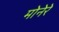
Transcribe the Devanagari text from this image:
मोनेरे